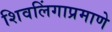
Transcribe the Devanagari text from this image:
शिवलिंगाप्रमाणे